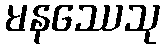
မနဿေသု